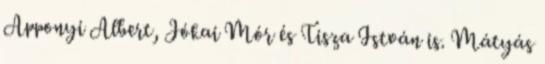
Apponyi Albert, Jókai Mór és Tisza István is. Mátyás